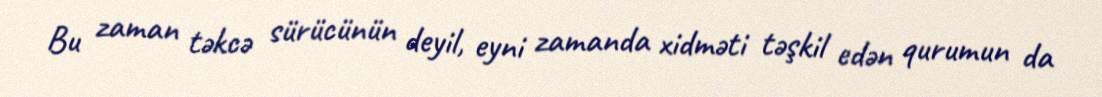
Bu zaman təkcə sürücünün deyil, eyni zamanda xidməti təşkil edən qurumun da